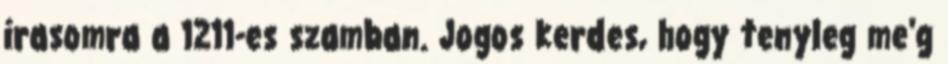
irasomra a 1211-es szamban. Jogos kerdes, hogy tenyleg me'g